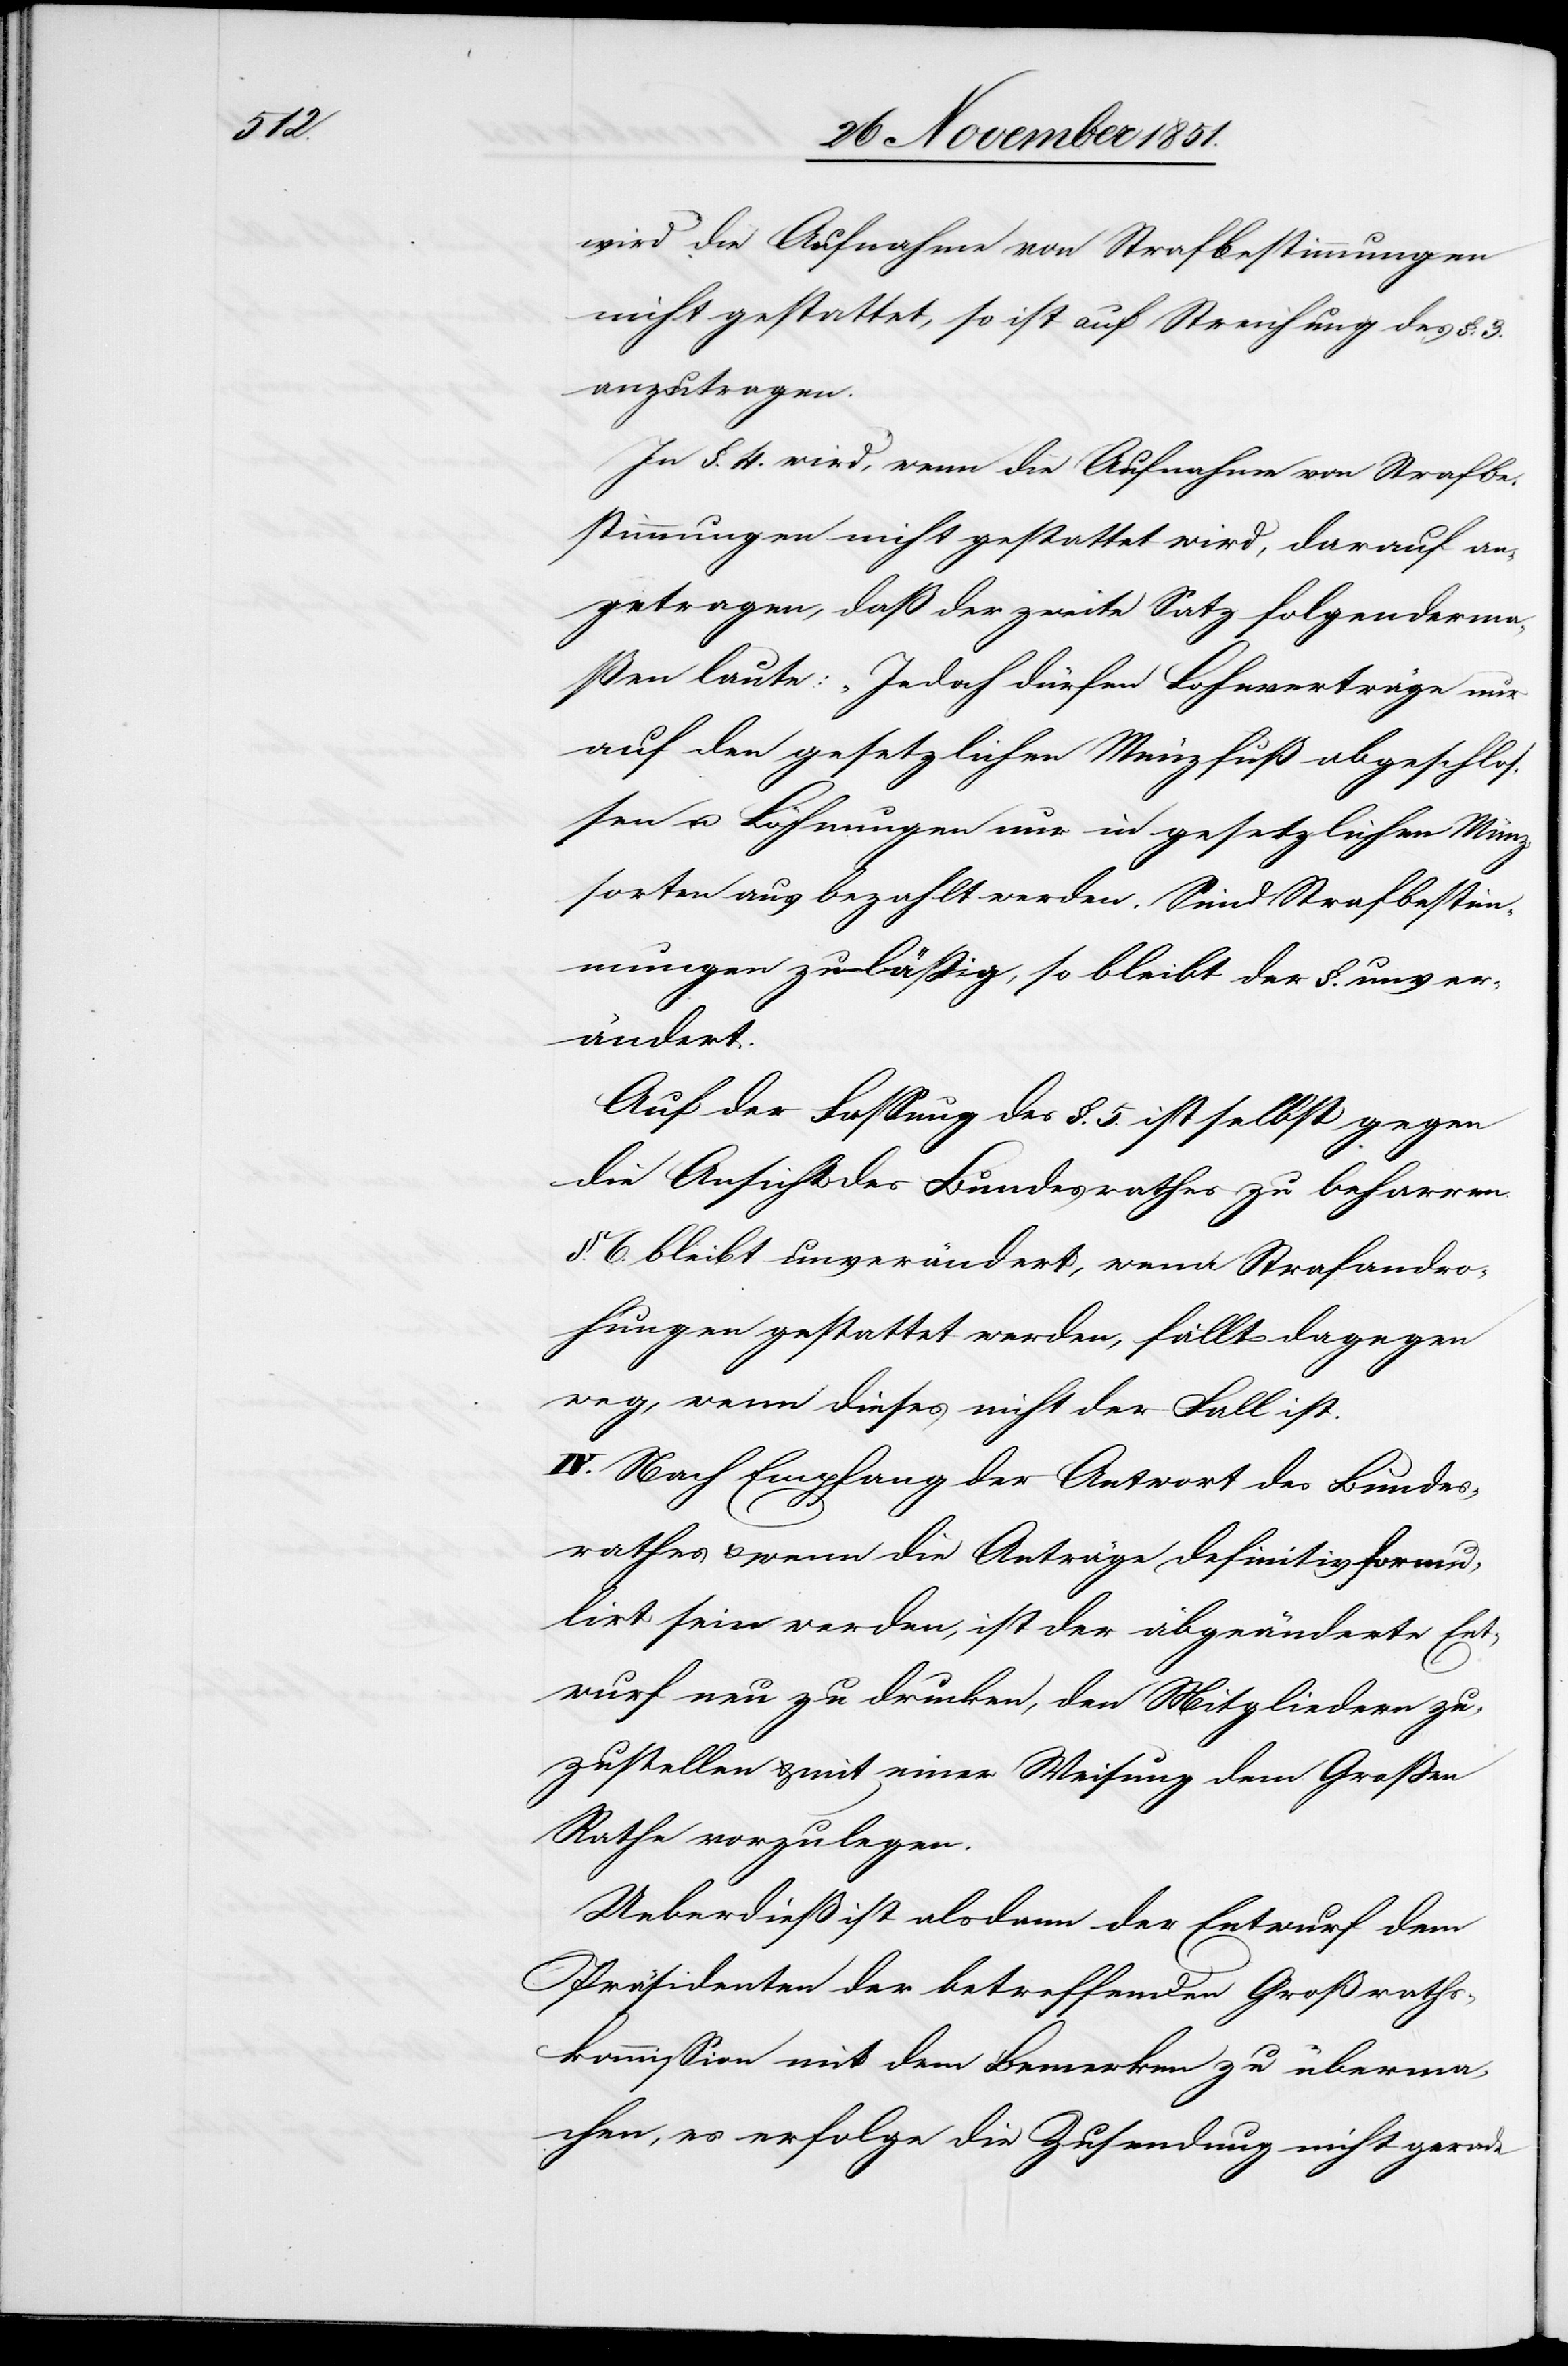
wird die Aufnahme von Strafbestimmungen
nicht gestattet, so ist auf Streichung des §. 3.
anzutragen.
In §. 4. wird, wenn die Aufnahme von Strafbe¬
stimmungen nicht gestattet wird, darauf an¬
getragen, daß der zweite Satz folgenderma¬
ßen laute: „Jedoch dürfen Lohnverträge nur
auf den gesetzlichen Münzfuß abgeschlos¬
sen u. Löhnungen nur in gesetzlichen Münz¬
sorten aus bezahlt werden.[“] Sind Strafbesti¬
mmungen zuläßig, so bleibt der §. unver¬
ändert.
Auf der Fassung des §. 5. ist selbst gegen
die Ansicht des Bundesrathes zu beharren.
§. 6. bleibt unverändert, wenn Strafandro¬
hungen gestattet werden, fällt dagegen
weg, wenn dieses nicht der Fall ist.
IV. Nach Empfang der Antwort des Bundes¬
rathes & wenn die Anträge definitiv formu¬
lirt sein werden, ist der abgeänderte Ent¬
wurf neu zu drucken, den Mitgliedern zu¬
zustellen & mit einer Weisung dem Großen
Rathe vorzulegen.
Ueberdieß ist alsdann der Entwurf dem
Präsidenten der betreffenden Großraths¬
kommission mit dem Bemerken zu überma¬
chen, es erfolge die Zusendung nicht gerade